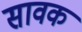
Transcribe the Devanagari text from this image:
सावक